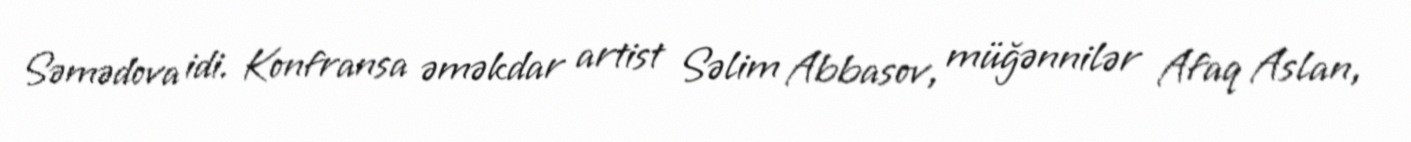
Səmədova idi. Konfransa əməkdar artist Səlim Abbasov, müğənnilər Afaq Aslan,